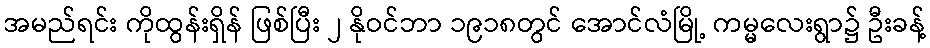
အမည်ရင်း ကိုထွန်းရှိန် ဖြစ်ပြီး ၂ နိုဝင်ဘာ ၁၉၁၈တွင် အောင်လံမြို့ ကမ္မလေးရွာ၌ ဦးခန့်